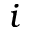
i